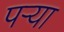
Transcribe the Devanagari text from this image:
पऱ्या